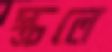
স্ক্রলে